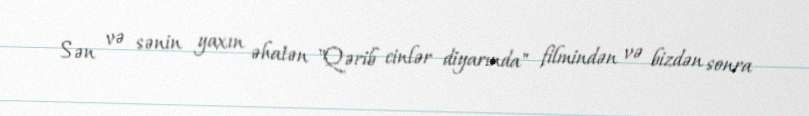
Sən və sənin yaxın əhatən "Qərib cinlər diyarında" filmindən və bizdən sonra